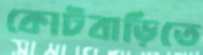
কোটবাড়িতে